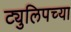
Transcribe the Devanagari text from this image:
ट्युलिपच्या